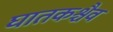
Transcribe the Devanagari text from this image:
घातकश्चैव